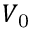
V _ { \mathrm { 0 } }